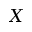
X